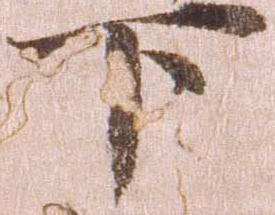
下